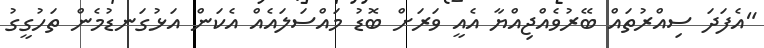
"އެފަދަ ސިއްރުތައް ބޭރުވެއްޖިއްޔާ އެއީ ވަރަށް ބޮޑު މައްސަލައެއް އެކަން އަޅުގަނޑުމެން ތަހުގީގު